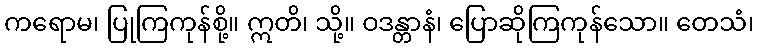
ကရောမ၊ ပြုကြကုန်စို့။ ဣတိ၊ သို့။ ဝဒန္တာနံ၊ ပြောဆိုကြကုန်သော။ တေသံ၊